system: You are a helpful assistant.
user:
Analyze the provided spectrum to determine if it is a **Carbon Star (C-type)**.

- **Key Visual Indicators of Carbon Star:**
    - **(Primary):** Strong molecular absorption from **C₂ (diatomic carbon) "Swan Bands."** This is the **defining feature** of a carbon star.
        - **(Key Bandheads):** Sharp absorption edges are visible at approximately $5635$ Å, $5165$ Å (the strongest band), and $4737$ Å.
        - **(Line Profile):** Creates a distinct **"saw-tooth"** pattern. The key morphology is a sharp, steep bandhead on the **red (long-wavelength) side**, which then gradually tapers off (i.e., flux recovers) towards the **blue (short-wavelength) side**. *(This is the direct opposite of the TiO bands seen in M-type stars)*.

    - **(Secondary):** Intense **CN (cyanogen)** molecular absorption bands.
        - **(Key Bandheads):** Located in the blue and violet regions of the spectrum (e.g., near $4215$ Å and $3883$ Å).
        - **(Morphology):** These bands are extremely broad and act as a "blanket," absorbing the vast majority of blue and violet light. This creates a characteristic **"cliff"** or **"steep drop-off"** in the spectrum's flux at short wavelengths.

    - **(Key Confirmation):** Strong **CH absorption band (G-band)**.
        - **(Key Bandhead):** Located around $4300$ Å. The contribution from CH molecules to this band is exceptionally strong.

    - **(Overall Spectrum):**
        - The continuum is severely "chopped up" by these deep molecular bands, especially C₂, rather than appearing as a smooth curve.
        - Due to the heavy CN and C₂ absorption in the blue-green, the vast majority of the star's flux is concentrated in the red part of the spectrum, giving the star its characteristic deep red color.

Think first, call **spectral_visualization_tool** if needed to examine features in detail, then provide your final answer. Your response must adhere to the following strict rules:
1.  **Overall Structure:** Your response must follow the format `<think>...</think> <tool_call>...</tool_call> (if a tool is used) <answer>...</answer>`.
2.  **Tool Usage Constraint:** You may only make **one** tool call per turn.
3.  **Final Answer Format:** In the `<answer>` tag, your conclusion must be inside a `\boxed{}` command (e.g., `\boxed{YES}`), followed by your justification.

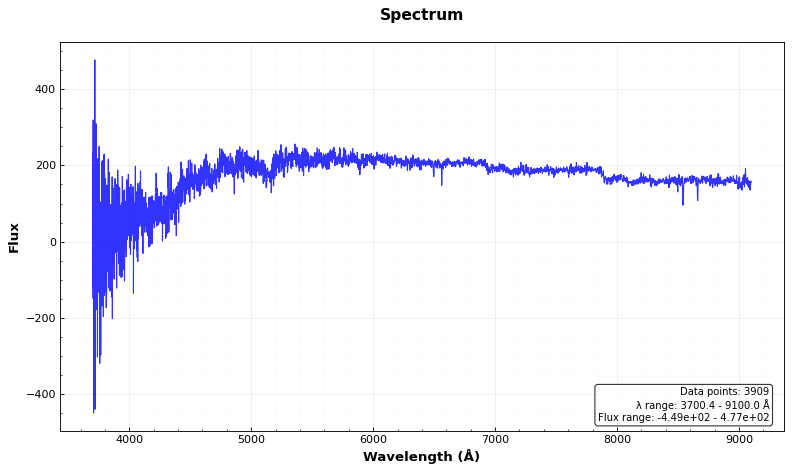
Answer: YES